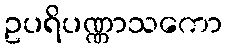
ဥပရိပဏ္ဏာသကော